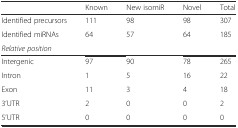
|  | Known | New isomiR | Novel | Total |
 | --- | --- | --- | --- | --- |
 | Identified precursors | 111 | 98 | 98 | 307 |
 | Identified miRNAs | 64 | 57 | 64 | 185 |
 | Relative position |  |  |  |  |
 | Intergenic | 97 | 90 | 78 | 265 |
 | Intron | 1 | 5 | 16 | 22 |
 | Exon | 11 | 3 | 4 | 18 |
 | 3’UTR | 2 | 0 | 0 | 2 |
 | 5’UTR | 0 | 0 | 0 | 0 |